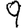
Digit: 9